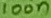
Text: 100n